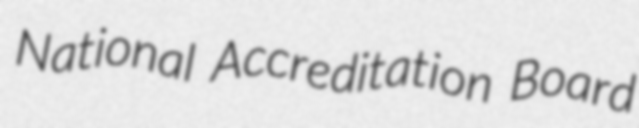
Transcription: National Accreditation Board